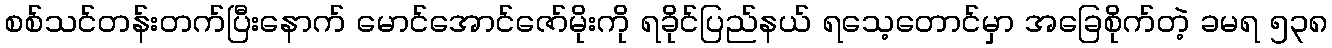
စစ်သင်တန်းတက်ပြီးနောက် မောင်အောင်ဇော်မိုးကို ရခိုင်ပြည်နယ် ရသေ့တောင်မှာ အခြေစိုက်တဲ့ ခမရ ၅၃၈